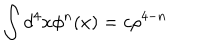
\int d ^ { 4 } x \phi ^ { n } ( x ) = c \rho ^ { 4 - n }